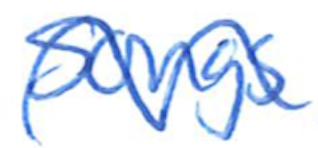
Text: Songs
Cross-out: wave
Writing tool: ballpoint